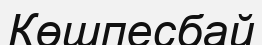
Көшпесбай